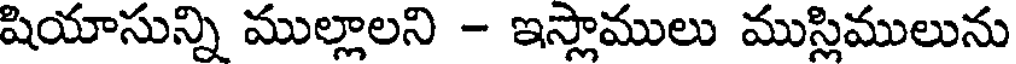
షియాసున్ని ముల్లాలని - ఇస్లాములు ముస్లిములును